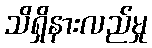
သိရှိနားလည်မှု